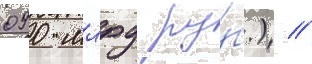
090 млрд ру́б.) //